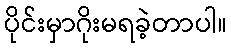
ပိုင်းမှာဂိုးမရခဲ့တာပါ။